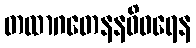
တထာဂတေနနဓိဝရေန